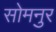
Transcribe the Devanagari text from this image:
सोमनुर